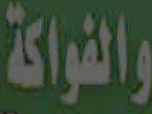
والفواكة